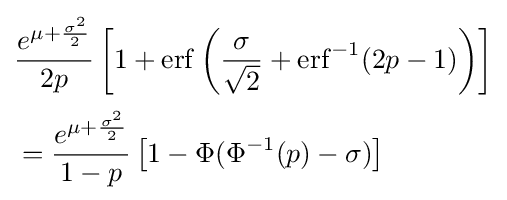
{\begin{aligned}&{\frac {e^{\mu +{\frac {\sigma ^{2}}{2}}}}{2p}}\left[1+\operatorname {erf} \left({\frac {\sigma }{\sqrt {2}}}+\operatorname {erf} ^{-1}(2p-1)\right)\right]\\[0.5ex]&={\frac {e^{\mu +{\frac {\sigma ^{2}}{2}}}}{1-p}}\left[1-\Phi (\Phi ^{-1}(p)-\sigma )\right]\end{aligned}}